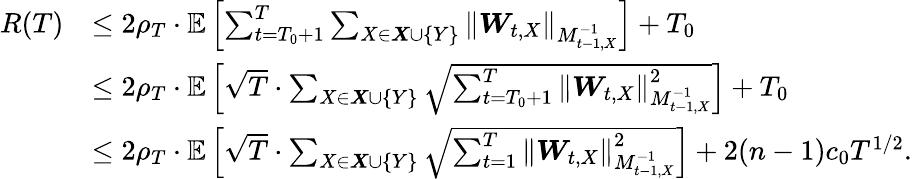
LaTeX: \begin{array}{rl}{R(T)}&{\leq 2\rho_{T}\cdot\mathbb{E}\left[\sum_{t=T_{0}+1}^{T}\sum_{X\in\boldsymbol{X}\cup\{ Y\} }\left\| \boldsymbol{W}_{t,X}\right\| _{M_{t-1,X}^{-1}}\right]+T_{0}}\\ &{\leq 2\rho_{T}\cdot\mathbb{E}\left[\sqrt{T}\cdot\sum_{X\in\boldsymbol{X}\cup\{ Y\} }\sqrt{\sum_{t=T_{0}+1}^{T}\left\| \boldsymbol{W}_{t,X}\right\| _{M_{t-1,X}^{-1}}^{2}}\right]+T_{0}}\\ &{\leq 2\rho_{T}\cdot\mathbb{E}\left[\sqrt{T}\cdot\sum_{X\in\boldsymbol{X}\cup\{ Y\} }\sqrt{\sum_{t=1}^{T}\left\| \boldsymbol{W}_{t,X}\right\| _{M_{t-1,X}^{-1}}^{2}}\right]+2(n-1)c_{0}T^{1/2}.}\end{array}